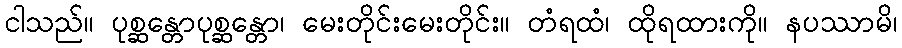
ငါသည်။ ပုစ္ဆန္တောပုစ္ဆန္တော၊ မေးတိုင်းမေးတိုင်း။ တံရထံ၊ ထိုရထားကို။ နပဿာမိ၊